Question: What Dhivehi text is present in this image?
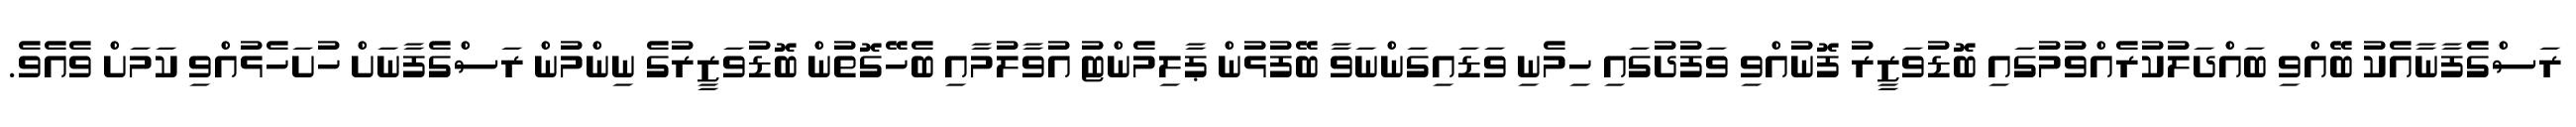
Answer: ރަސްގެފާނާއެކު ބޭއްވި ބައްދަލުކުރެއްވުމުގައި ބޮޑުވަޒީރު ފޮނުއްވި ވަފުދުގައި ހިމެނި ވަޑައިގަންނަވާ ބޭފުޅުން ޕާލިމެންޓު އުވާލުމާއި ބެހޭގޮތުން ބޮޑުވަޒީރުގެ ނިންމުން ރަސްގެފާނަށް ހުށަހެޅުއްވި ކަމަށް ވެއެވެ.